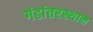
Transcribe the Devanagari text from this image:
गंडांतरस्थान